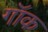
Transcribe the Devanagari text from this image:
गॉक